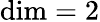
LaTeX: \mathrm{dim}=2